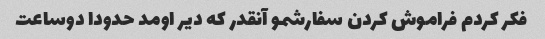
فکر کردم فراموش کردن سفارشمو آنقدر که دیر اومد حدودا دوساعت